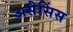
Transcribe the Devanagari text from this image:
असैसिंस